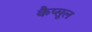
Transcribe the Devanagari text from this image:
कैप्‍सूल